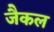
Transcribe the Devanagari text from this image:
जैकल